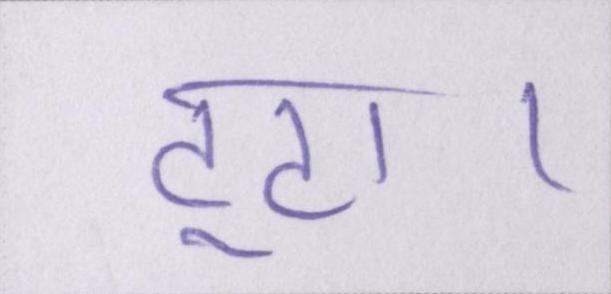
टूटा।